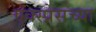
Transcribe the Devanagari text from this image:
एक्स्प्रेसच्या